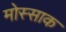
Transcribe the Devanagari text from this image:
मोस्साक